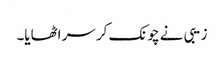
زیبی نے چونک کر سر اٹھایا۔